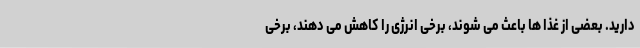
دارید. بعضی از غذا ها باعث می شوند، برخی انرژی را کاهش می دهند، برخی